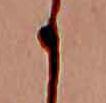
か